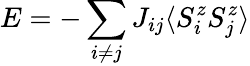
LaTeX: E=-\sum_{i\neq j}J_{ij}\langle S_{i}^{z}S_{j}^{z}\rangle